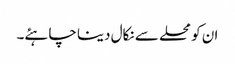
ان کو محلے سے نکال دینا چاہئے۔